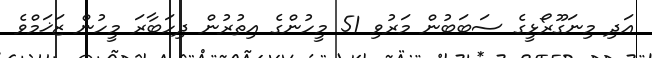
އަދި މިނަގޫރޯޅީގެ ސަބަބުން މަރުވި 51 މީހުންގެ އިތުރުން ދިހަބާރަ މީހުން ޒަޚަމްވެ